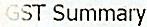
GST SUMMARY